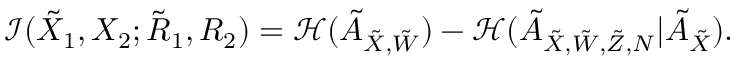
\begin{array} { r l } & { \mathcal { I } ( { { { \tilde { X } } } _ { 1 } } , { { { X } } _ { 2 } } ; { { { \tilde { R } } } _ { 1 } } , { { { R } } _ { 2 } } ) = \mathcal { H } ( \tilde { A } _ { { { \tilde { X } } } , \tilde { W } } ) - \mathcal { H } ( \tilde { A } _ { { { \tilde { X } } } , \tilde { W } , \tilde { Z } , N } | \tilde { A } _ { { { \tilde { X } } } } ) . } \end{array}